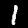
Label: 1